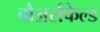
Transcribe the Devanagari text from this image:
बौअर्सफेल्ड